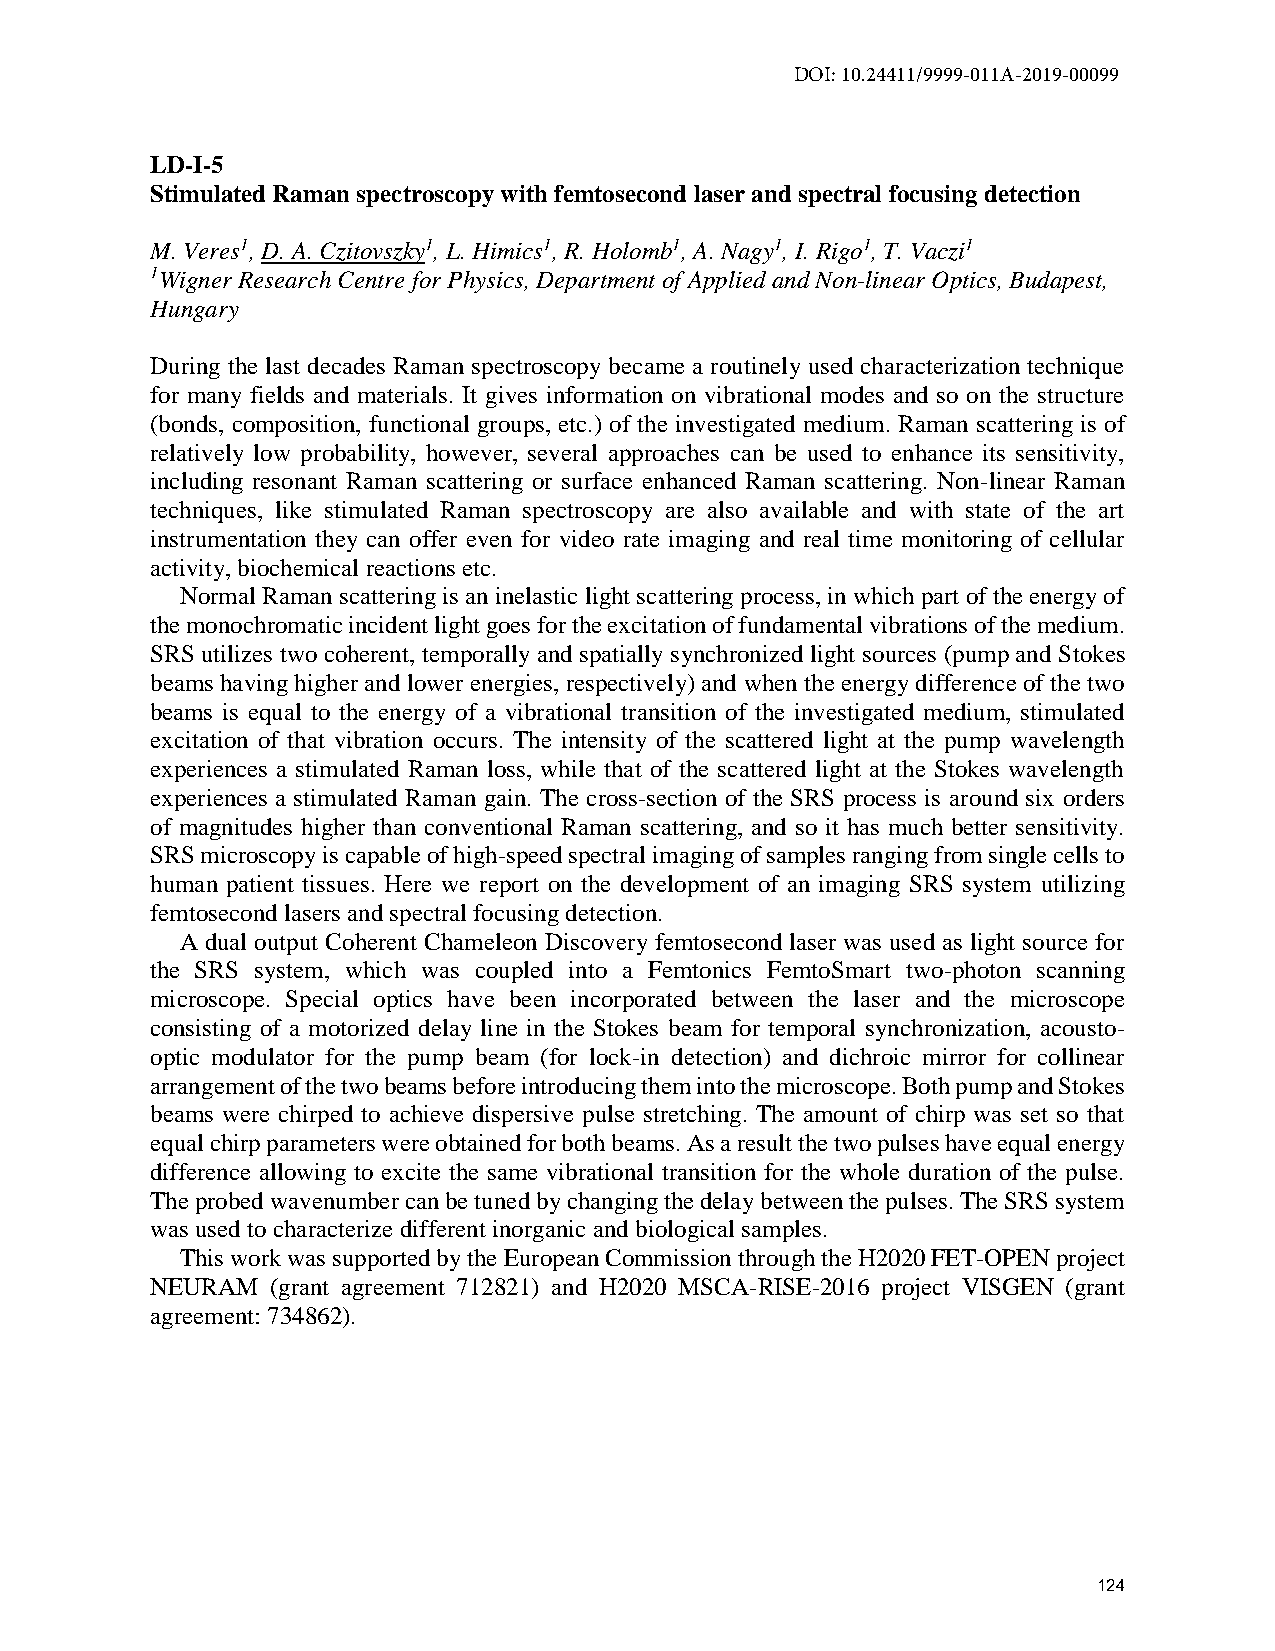
DOI: 10.24411/9999-011A-2019-00099
 LD-I-5
 Stimulated Raman spectroscopy with femtosecond laser and spectral focusing detection
 M. Veres1, D. A. Czitovszky1, L. Himics1, R. Holomb1, A. Nagy1, I. Rigo1, T. Vaczi1
 1Wigner Research Centre for Physics, Department of Applied and Non-linear Optics, Budapest,
 Hungary
 During the last decades Raman spectroscopy became a routinely used characterization technique
 for many fields and materials. It gives information on vibrational modes and so on the structure
 (bonds, composition, functional groups, etc.) of the investigated medium. Raman scattering is of
 relatively low probability, however, several approaches can be used to enhance its sensitivity,
 including resonant Raman scattering or surface enhanced Raman scattering. Non-linear Raman
 techniques, like stimulated Raman spectroscopy are also available and with state of the art
 instrumentation they can offer even for video rate imaging and real time monitoring of cellular
 activity, biochemical reactions etc.
 Normal Raman scattering is an inelastic light scattering process, in which part of the energy of
 the monochromatic incident light goes for the excitation of fundamental vibrations of the medium.
 SRS utilizes two coherent, temporally and spatially synchronized light sources (pump and Stokes
 beams having higher and lower energies, respectively) and when the energy difference of the two
 beams is equal to the energy of a vibrational transition of the investigated medium, stimulated
 excitation of that vibration occurs. The intensity of the scattered light at the pump wavelength
 experiences a stimulated Raman loss, while that of the scattered light at the Stokes wavelength
 experiences a stimulated Raman gain. The cross-section of the SRS process is around six orders
 of magnitudes higher than conventional Raman scattering, and so it has much better sensitivity.
 SRS microscopy is capable of high-speed spectral imaging of samples ranging from single cells to
 human patient tissues. Here we report on the development of an imaging SRS system utilizing
 femtosecond lasers and spectral focusing detection.
 A dual output Coherent Chameleon Discovery femtosecond laser was used as light source for
 the SRS system, which was coupled into a Femtonics FemtoSmart two-photon scanning
 microscope. Special optics have been incorporated between the laser and the microscope
 consisting of a motorized delay line in the Stokes beam for temporal synchronization, acousto-
 optic modulator for the pump beam (for lock-in detection) and dichroic mirror for collinear
 arrangement of the two beams before introducing them into the microscope. Both pump and Stokes
 beams were chirped to achieve dispersive pulse stretching. The amount of chirp was set so that
 equal chirp parameters were obtained for both beams. As a result the two pulses have equal energy
 difference allowing to excite the same vibrational transition for the whole duration of the pulse.
 The probed wavenumber can be tuned by changing the delay between the pulses. The SRS system
 was used to characterize different inorganic and biological samples.
 This work was supported by the European Commission through the H2020 FET-OPEN project
 NEURAM  (grant agreement 712821) and H2020 MSCA-RISE-2016 project VISGEN (grant
 agreement: 734862).
 124